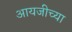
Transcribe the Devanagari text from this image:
आयजीच्या